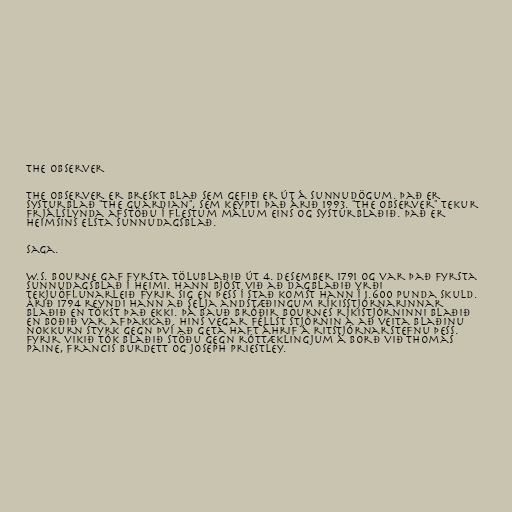
The Observer

The Observer er breskt blað sem gefið er út á sunnudögum. Það er
systurblað "The Guardian", sem keypti það árið 1993. "The Observer" tekur
frjálslynda afstöðu í flestum málum eins og systurblaðið. Það er
heimsins elsta sunnudagsblað.

Saga.

W.S. Bourne gaf fyrsta tölublaðið út 4. desember 1791 og var það fyrsta
sunnudagsblað í heimi. Hann bjóst við að dagblaðið yrði
tekjuöflunarleið fyrir sig en þess í stað komst hann í 1.600 punda skuld.
Árið 1794 reyndi hann að selja andstæðingum ríkisstjórnarinnar
blaðið en tókst það ekki. Þá bauð bróðir Bournes ríkistjórninni blaðið
en boðið var afþakkað. Hins vegar féllst stjórnin á að veita blaðinu
nokkurn styrk gegn því að geta haft áhrif á ritstjórnarstefnu þess.
Fyrir vikið tók blaðið stöðu gegn róttæklingjum á borð við Thomas
Paine, Francis Burdett og Joseph Priestley.